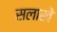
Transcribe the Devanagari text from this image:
सलाखे